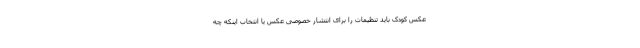
عکس کودک باید تنظیمات را برای انتشار خصوصی عکس یا انتخاب اینکه چه